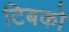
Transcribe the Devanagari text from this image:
टिबको